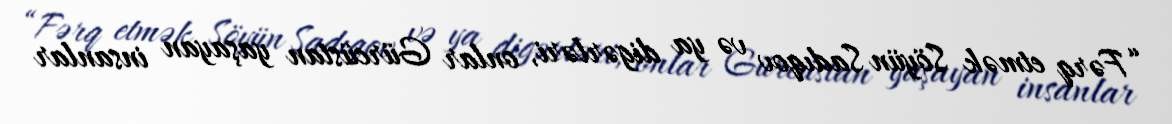
“Fərq etmək Söyün Sadıqov və ya digərləri, onlar Gürcüstan yaşayan insanlar